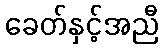
ခေတ်နှင့်အညီ